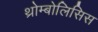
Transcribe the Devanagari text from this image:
थ्रोम्बोलिसिस